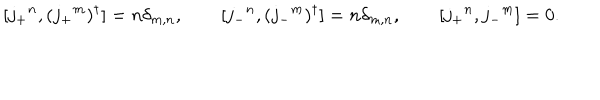
LaTeX: [ j _ { + } { } ^ { n } , ( j _ { + } { } ^ { m } ) ^ { \dagger } ] = n \delta _ { m , n } , \qquad [ j _ { - } { } ^ { n } , ( j _ { - } { } ^ { m } ) ^ { \dagger } ] = n \delta _ { m , n } , \qquad [ j _ { + } { } ^ { n } , j _ { - } { } ^ { m } ] = 0 .